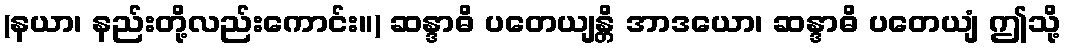
(နယာ၊ နည်းတို့လည်းကောင်း။) ဆန္ဒာဓိ ပတေယျန္တိ အာဒယော၊ ဆန္ဒာဓိ ပတေယျံ ဤသို့